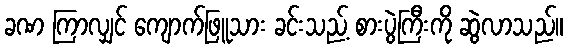
ခဏ ကြာလျှင် ကျောက်ဖြူသား ခင်းသည့် စားပွဲကြီးကို ဆွဲလာသည်။